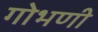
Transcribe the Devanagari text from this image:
गोभणी